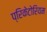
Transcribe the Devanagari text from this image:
प्रिकेटोरियम